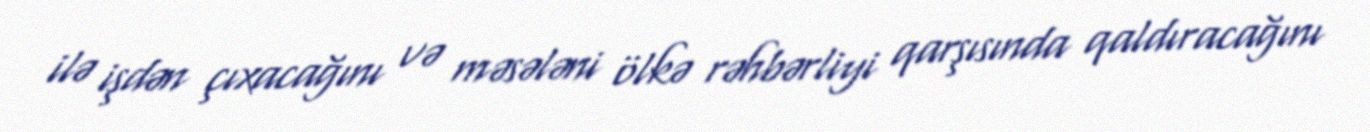
ilə işdən çıxacağını və məsələni ölkə rəhbərliyi qarşısında qaldıracağını